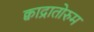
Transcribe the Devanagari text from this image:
क्वाद्रातोरुम